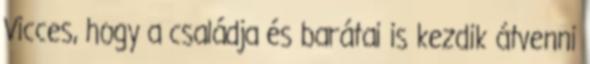
Vicces, hogy a családja és barátai is kezdik átvenni